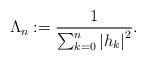
LaTeX: \begin{align*}\Lambda_{n}:=\frac{1}{\sum_{k=0}^n \left|h_{k}\right|^2}.\end{align*}